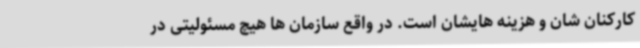
کارکنان شان و هزینه هایشان است. در واقع سازمان ها هیچ مسئولیتی در